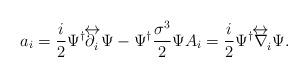
LaTeX: \begin{align*}a_i=\frac{i}{2}\Psi^\dagger\partial^{\hspace{-2.9mm}\raisebox{1.2mm}{$\leftrightarrow$}}_i\Psi - \Psi^\dagger\frac{\sigma^3}{2}\Psi A_i = \frac{i}{2}\Psi^\dagger\nabla^{\hspace{-3.8mm}\raisebox{1.2mm}{$\leftrightarrow$}}_i\Psi.\end{align*}